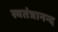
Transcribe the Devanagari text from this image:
स्वतंत्रानन्द